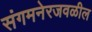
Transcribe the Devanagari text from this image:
संगमनेरजवळील